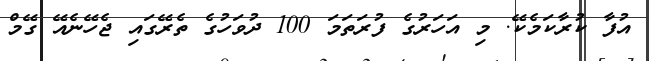
އުފާ ކުރާކަމެކޭ. މި އަހަރުގެ ފުރަތަމަ 100 ދުވަހުގެ ތެރޭގައި ޖެހޭނެއޭ ގޭމް